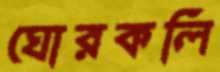
ঘোরকলি